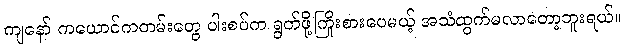
ကျနော် ကယောင်ကတမ်းတွေ ပါးစပ်က ရွတ်ဖို့ကြိုးစားပေမယ့် အသံထွက်မလာတော့ဘူးရယ်။